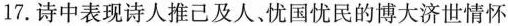
17.诗中表现诗人推己及人。忧国忧民的博大济世情怀